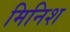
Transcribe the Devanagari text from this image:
मिनिश